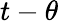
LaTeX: t-\theta